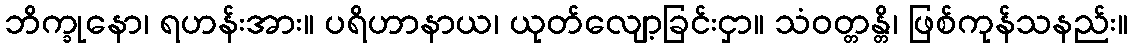
ဘိက္ခုနော၊ ရဟန်းအား။ ပရိဟာနာယ၊ ယုတ်လျော့ခြင်းငှာ။ သံဝတ္တန္တိ၊ ဖြစ်ကုန်သနည်း။